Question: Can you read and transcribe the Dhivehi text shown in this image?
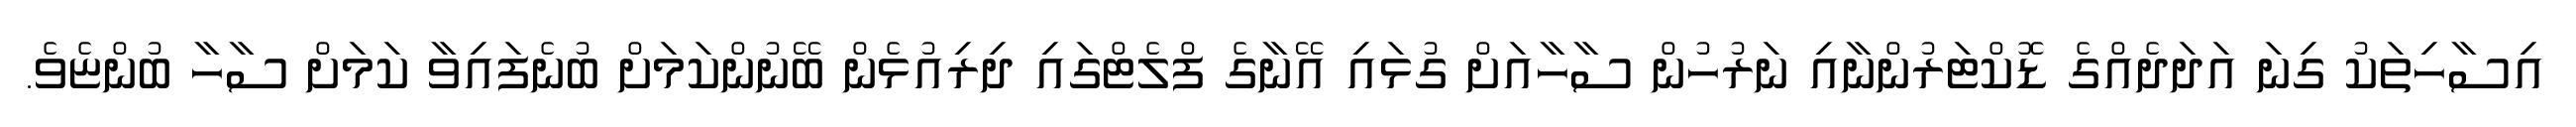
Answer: އިސާހިތަކު ގިނަ އަދަދެއްގެ ޑޮކްޓަރުންނާއި ނަރުހުން ސާހާއަށް ގުޅައި އޭނާގެ ފްލެޓްގައި ދިރިއުޅެން ބޭނުންކަމަށް ބުނެފައިވާ ކަމަށް ސާހާ ބުންޏެވެ.